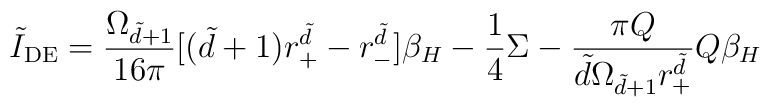
\tilde{I}_{\rm DE}=\frac{\Omega _{\tilde{d}+1}}{16\pi}[(\tilde{d}+1)r_+^{\tilde{d}}-r_-^{\tilde{d}}]\beta _H -\frac{1}{4}\Sigma-\frac{\pi Q}{\tilde{d}\Omega _{\tilde{d}+1}r_+^{\tilde{d}}}Q\beta _H